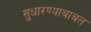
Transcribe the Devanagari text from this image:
सुधारण्याबाबत